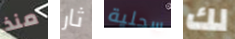
منذ ثار سحلية لك